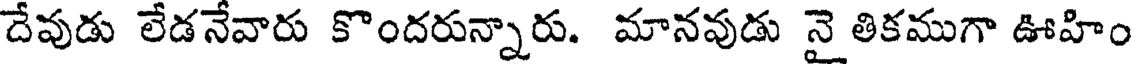
దేవుడు లేడనేవారు కొందరున్నారు. మానవుడు నై తికముగా ఊహిం